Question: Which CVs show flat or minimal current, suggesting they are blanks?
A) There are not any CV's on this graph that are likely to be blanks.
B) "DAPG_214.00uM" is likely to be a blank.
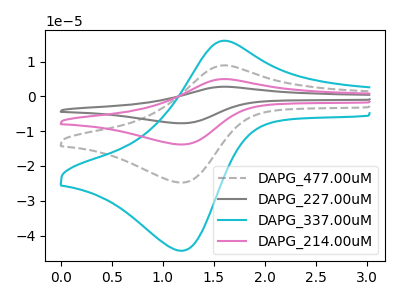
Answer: <think>The gray dashed curve "DAPG_477.00uM" has an anodic peak at (1.60V, 8.95uA) and a cathodic peak at (1.20V, -24.75uA). The gray curve "DAPG_227.00uM" has an anodic peak at (1.60V, 26.80uA) and a cathodic peak at (1.20V, -74.30uA). The cyan curve "DAPG_337.00uM" has an anodic peak at (1.60V, 16.00uA) and a cathodic peak at (1.20V, -44.35uA). The pink curve "DAPG_214.00uM" has an anodic peak at (1.60V, 17.85uA) and a cathodic peak at (1.20V, -49.55uA).</think>
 <answer>A) There are not any CV's on this graph that are likely to be blanks.</answer>
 <eval>A</eval>